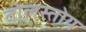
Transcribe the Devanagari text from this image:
तोलस्तोय